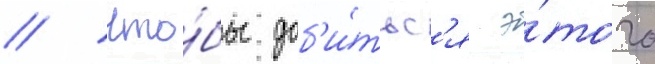
// Что́бы доб'и́тьс'я э́того